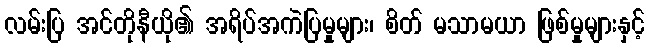
လမ်းပြ အင်တိုနီယို၏ အရိပ်အကဲပြမှုများ၊ စိတ် မသာမယာ ဖြစ်မှုများနှင့်